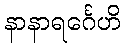
နာနာရင်္ဂေဟိ